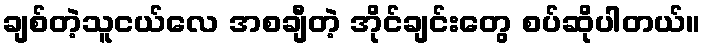
ချစ်တဲ့သူငယ်လေ အစချီတဲ့ အိုင်ချင်းတွေ စပ်ဆိုပါတယ်။